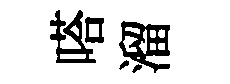
嗒溜